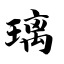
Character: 璃